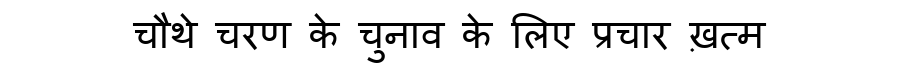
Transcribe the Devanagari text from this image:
चौथे चरण के चुनाव के लिए प्रचार ख़त्म